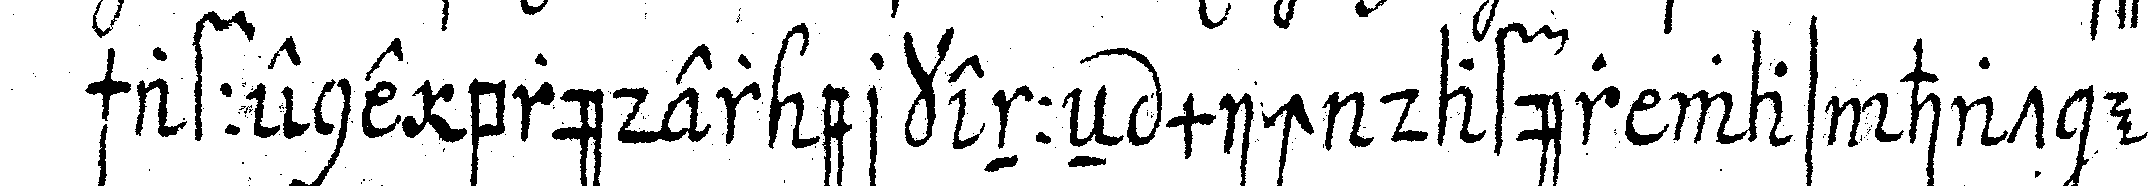
schaffene brüder erkenneN mich dafür was hat es